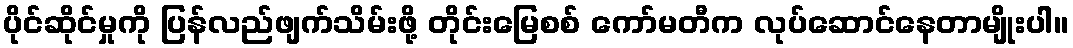
ပိုင်ဆိုင်မှုကို ပြန်လည်ဖျက်သိမ်းဖို့ တိုင်းမြေစစ် ကော်မတီက လုပ်ဆောင်နေတာမျိုးပါ။